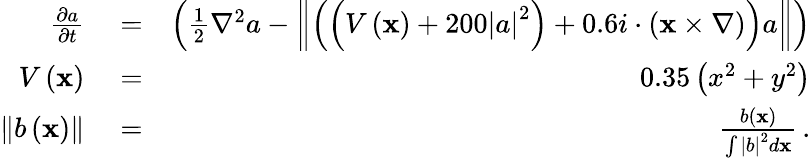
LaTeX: \begin{array}{rlr}{\frac{\partial a}{\partial t}}&{{}=}&{\left(\frac{1}{2}\nabla^{2}a-\left\Vert\left(\left(V\left(\mathbf{x}\right)+200\left|a\right|^{2}\right)+0.6i\cdot\left(\mathbf{x}\times\nabla\right)\right)a\right\Vert\right)}\\ {V\left(\mathbf{x}\right)}&{{}=}&{0.35\left(x^{2}+y^{2}\right)}\\ {\left\Vert b\left(\mathbf{x}\right)\right\Vert}&{{}=}&{\frac{b\left(\mathbf{x}\right)}{\int\left|b\right|^{2}d\mathbf{x}}\, .}\end{array}